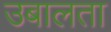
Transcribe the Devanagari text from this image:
उबालता